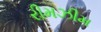
રીમઝીમ